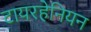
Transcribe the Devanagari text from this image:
टायरहेनियन